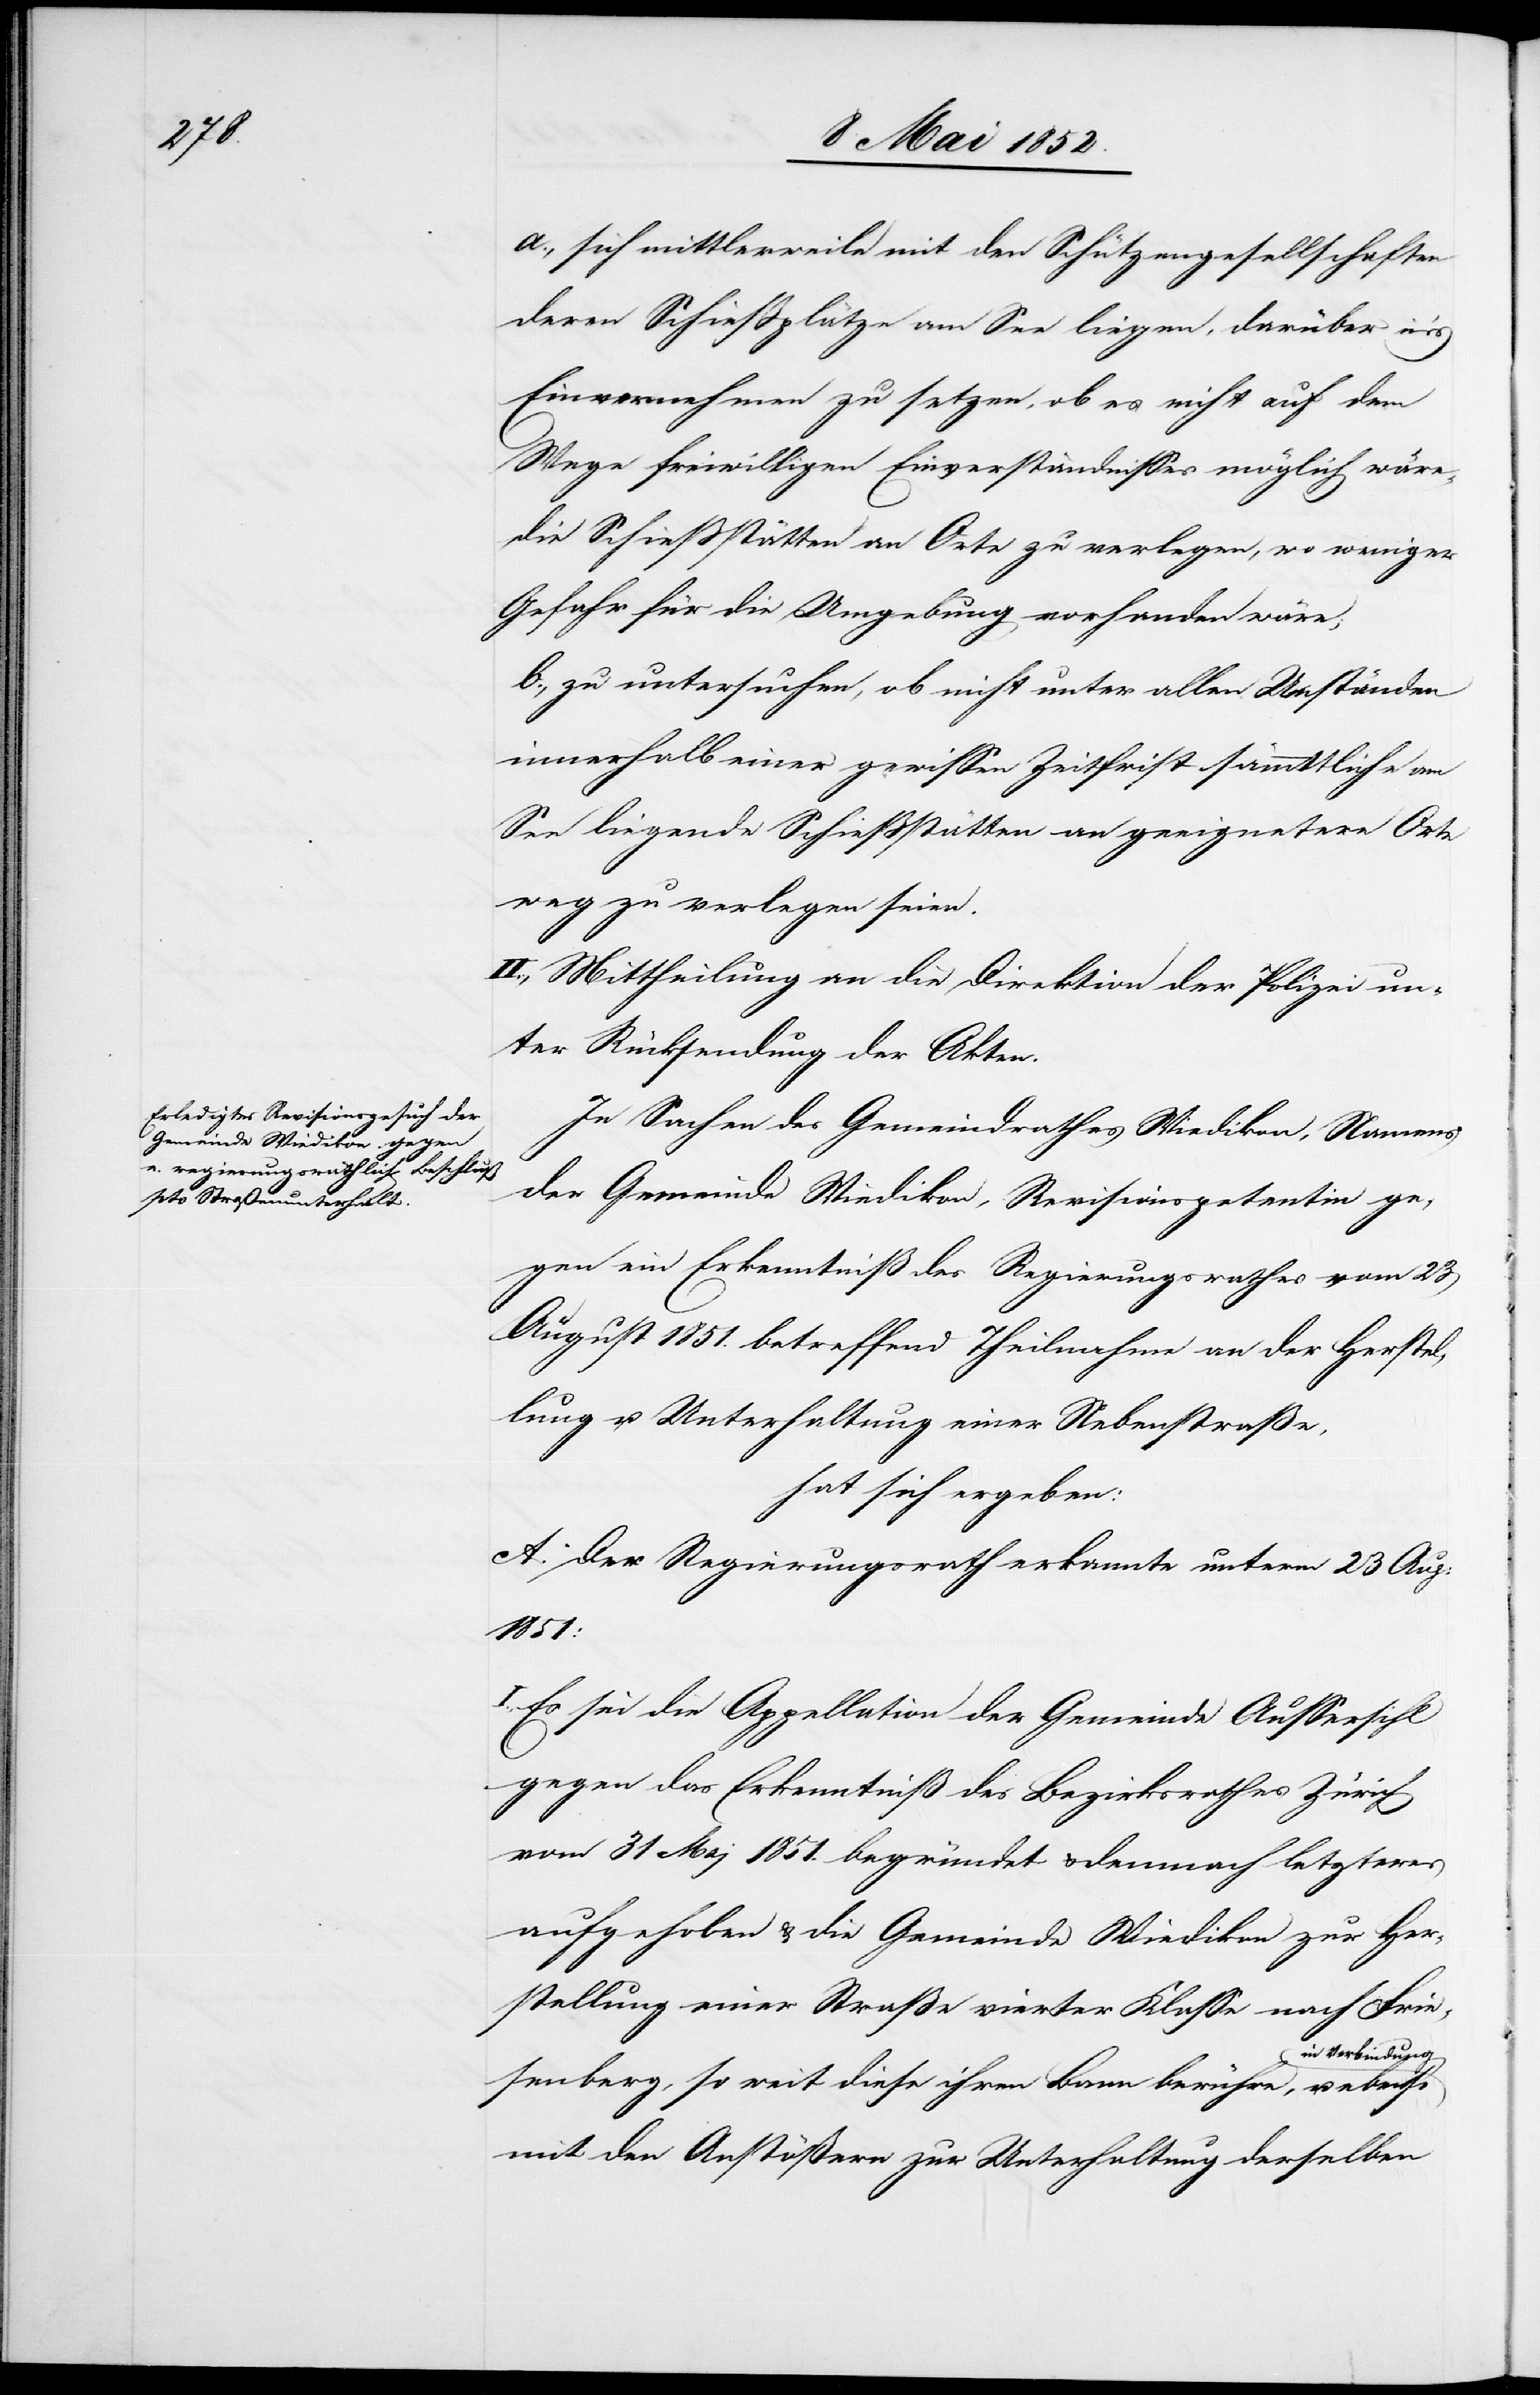
a., sich mittlerweile mit den Schützengesellschaften
deren Schiessplätze am See liegen, darüber in’s
Einvernehmen zu setzen, ob es nicht auf dem
Wege freiwilligen Einverständnisses möglich wäre,
die Schiessstätten an Orte zu verlegen, wo weniger
Gefahr für die Umgebung vorhanden wäre;
b., zu untersuchen, ob nicht unter allen Umständen
innerhalb einer gewissen Zeitfrist sämmttliche
See liegende Schießstätten an geeignetere Orte
weg zu verlegen seien.
II., Mittheilung an die Direktion der Polizei un¬
ter Rücksendung der Akten.
In Sachen des Gemeindrathes Wiedikon, Namens
der Gemeinde Wiedikon, Revisionspetentin ge¬
gen ein Erkenntniß des Regierungsrathes vom 23
August 1851. betreffend Theilnahme an der Herstel¬
lung u. Unterhaltung einer Nebenstraße.
hat sich ergeben:
A. Der Regierungsrath erkannte unterm 23 Aug:
1851:
Es sei die Appellation der Gemeinde Aussersihl
gegen das Erkenntniß des Bezirksrathes Zürich
vom 31 Mai 1851. begründet & demnach letzteres
aufgehoben & die Gemeinde Wiedikon zur Her¬
stellung einer Strasse vierter Klasse nach Frie¬
in Verbindung
senberg, so weit diese ihren Bann berühre, u. ebenso
mit den Anstößern zur Unterhaltung derselben